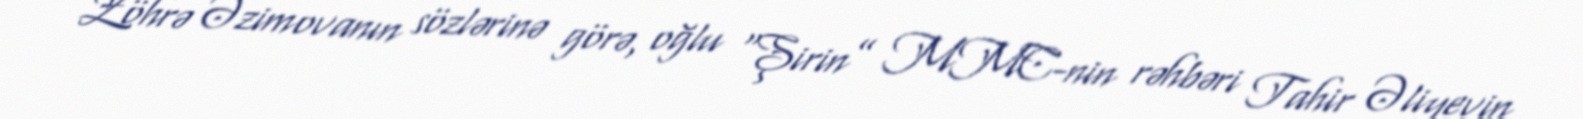
Zöhrə Əzimovanın sözlərinə görə, oğlu “Şirin” MMC-nin rəhbəri Tahir Əliyevin